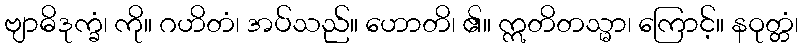
ဗျာဓိဒုက္ခံ၊ ကို။ ဂဟိတံ၊ အပ်သည်။ ဟောတိ၊ ၏။ ဣတိတသ္မာ၊ ကြောင့်။ နဝုတ္တံ၊